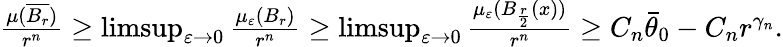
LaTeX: \begin{array}{r}{\frac{\mu(\overline{{B_{r}}})}{r^{n}}\geq\operatorname*{limsup}_{\varepsilon\rightarrow 0}\frac{\mu_{\varepsilon}(B_{r})}{r^{n}}\geq\operatorname*{limsup}_{\varepsilon\rightarrow 0}\frac{\mu_{\varepsilon}(B_{\frac{r}{2}}(x))}{r^{n}}\geq C_{n}\bar{\theta}_{0}-C_{n}r^{\gamma_{n}}.}\end{array}